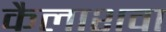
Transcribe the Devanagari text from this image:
कैलाशवा